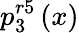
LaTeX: p_{3}^{r5}\left(x\right)